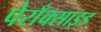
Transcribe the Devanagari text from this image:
पेराँक्साइड